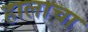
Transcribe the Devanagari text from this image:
हालाचा